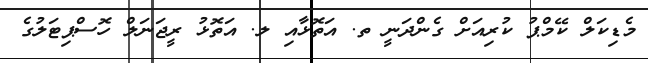
މެޑިކަލް ކޭމްޕު ކުރިއަށް ގެންދަނީ ތ. އަތޮޅާއި ލ. އަތޮޅު ރީޖަނަލް ހޮސްޕިޓަލުގެ